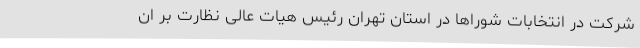
شرکت در انتخابات شوراها در استان تهران رئیس هیات عالی نظارت بر ان